Vaccination in Bombay 1913-1923 - 1913-1923
Year: 1913
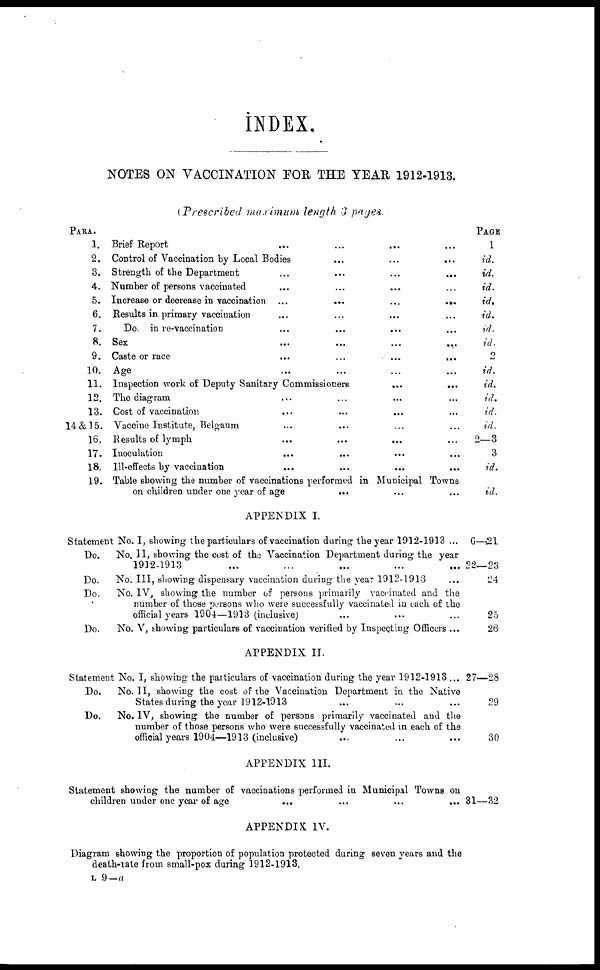
INDEX.
NOTES ON VACCINATION FOR THE YEAR 1912-1913.
(Prescribed maximum length 3 pages.
PARA.
1.
2.
3.
4.
5.
6.
7.
8.
9.
10.
11.
12.
13.
14 &15.
16.
17.
18.
19.
Brief Report ... ... ... ...
Control of Vaccination by Local Bodies ... ... ...
Strength of the Department ... ... ... ...
Number of persons vaccinated ... ... ... ...
Increase or decrease in vaccination ...
...
...
...
Results in primary vaccination ... ... ... ...
Do. in re-vaccination ... ... ... ...
Sex ... ... ... ...
Caste or race ... ... ... ...
Age ... ... ... ...
Inspection work of Deputy Sanitary Commissioners ... ...
The diagram ... ... ... ...
Cost of vaccination ... ... ... ...
Vaccine Institute, Belgaum ... ... ... ...
Results of lymph ... ... ... ...
Inoculation ... ... ... ...
Ill-effects by vaccination ... ... ... ...
Table showing the number of vaccinations performed in Municipal Towns
on children under one year of age ... ... ... ...
PAGE
1
id.
id.
id.
id.
id.
id.
id.
2
id.
id.
id.
id.
id.
2—3
3
id.
id.
APPENDIX I.
Statement No. I, showing the particulars of vaccination during the year 1912-1913 ...
Do.
No. II, showing the cost of the Vaccination Department during the year
1912-1913 ... ... ... ... ...
Do.
No. III, showing dispensary vaccination during the year 1912-1913
Do.
No. IV, showing the number of persons primarily vaccinated and the
number of those persons who were successfully vaccinated in each of the
official years 1904—1913 (inclusive) ... ... ...
Do.
No. V, showing particulars of vaccination verified by Inspecting Officers ...
G—21
22—23
124
25
26
APPENDIX II.
Statement No. I, showing the paiticulars of vaccination during the year 1912-1913 ...
Do.
No. II, showing the cost of the Vaccination Department in the Native
States during the year 1912-1913 ... ... ...
Do.
No. IV, showing the number of persons primarily vaccinated and the
number of those persons who were successfully vaccinated in each of the
official years 1904—1913 (inclusive) ... ... ...
27—28
29
30
APPENDIX III.
Statement showing the number of vaccinations performed in Municipal Towns on
children under one year of age
... ... ... ...
31—32
APPENDIX IV.
Diagram showing the proportion of population protected during seven years and the
death-rate from small-pox during 1912-1913.
L 9— a